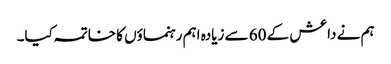
ہم نے داعش کے 60 سے زیادہ اہم رہنماؤں کا خاتمہ کیا۔